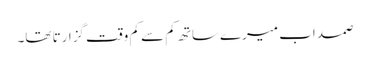
صمد اب میرے ساتھ کم سے کم وقت گزارتا تھا۔